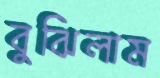
বুঝিলাম